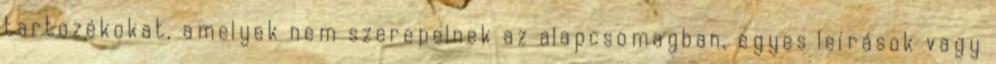
tartozékokat, amelyek nem szerepelnek az alapcsomagban, egyes leírások vagy